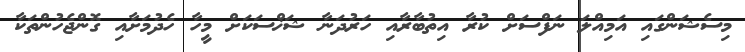
މިސެޝަންގައި އަމިއްލަ ނަފްސަށް ކުރާ އިތުބާރާއި ހަރުދަނާ ޝަޚްސަކަށް މީހާ ހެދުމަށާއި ގޮންޖެހުންތަކާ